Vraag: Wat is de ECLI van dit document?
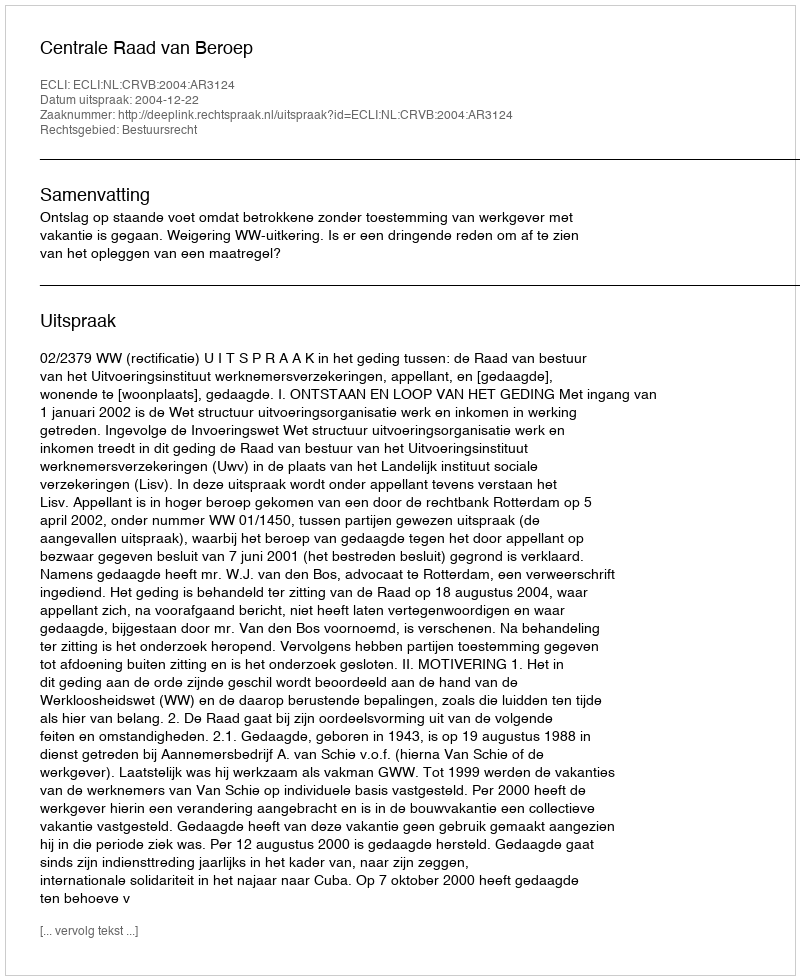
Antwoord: ECLI:NL:CRVB:2004:AR3124